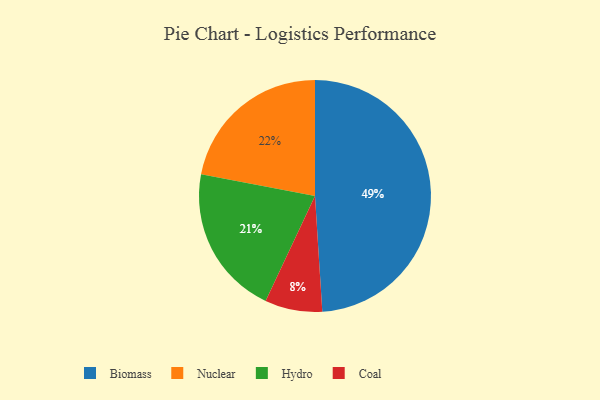
{"axis": {"x": "Category", "y": "Percentage"}, "legend": ["Biomass", "Coal", "Hydro", "Nuclear"], "data": [{"x": "Biomass", "y": 49, "type": "Biomass"}, {"x": "Coal", "y": 8, "type": "Coal"}, {"x": "Hydro", "y": 21, "type": "Hydro"}, {"x": "Nuclear", "y": 22, "type": "Nuclear"}]}